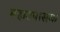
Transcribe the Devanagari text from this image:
महाउपासक